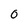
Character: 0